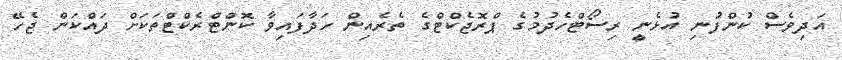
އަދިވެސް ކުންފުނި އުޅެނީ ރިސޯޓްހެދުމުގެ ޕްރޮޖެކްޓްގެ ތެރެއިން ހަދާފައިވާ ކޮންޓްރެކްޓްތަކަށް ދައްކަން ޖެހޭ